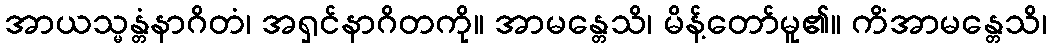
အာယသ္မန္တံနာဂိတံ၊ အရှင်နာဂိတကို။ အာမန္တေသိ၊ မိန့်တော်မူ၏။ ကိံအာမန္တေသိ၊